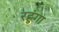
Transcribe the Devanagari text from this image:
रहुंगा